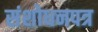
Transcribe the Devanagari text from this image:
संशोधनपत्र